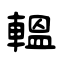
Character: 轀